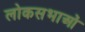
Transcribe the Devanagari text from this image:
लोकसभाओं